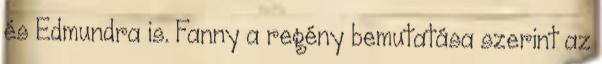
és Edmundra is. Fanny a regény bemutatása szerint az